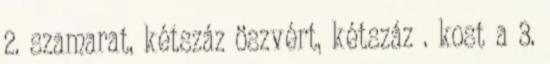
2. szamarat, kétszáz öszvért, kétszáz . kost a 3.